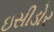
ઇસીડોર